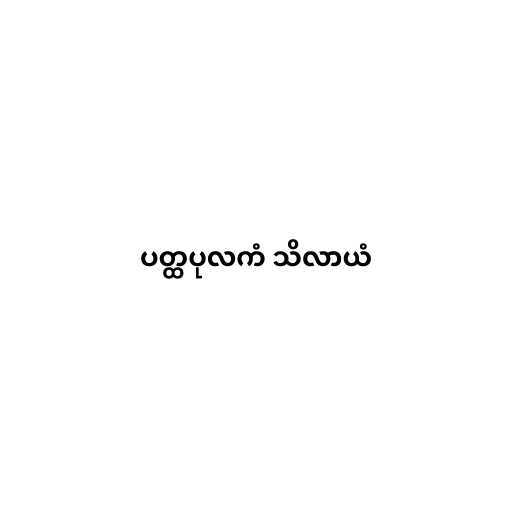
ပတ္ထပုလကံ သိလာယံ